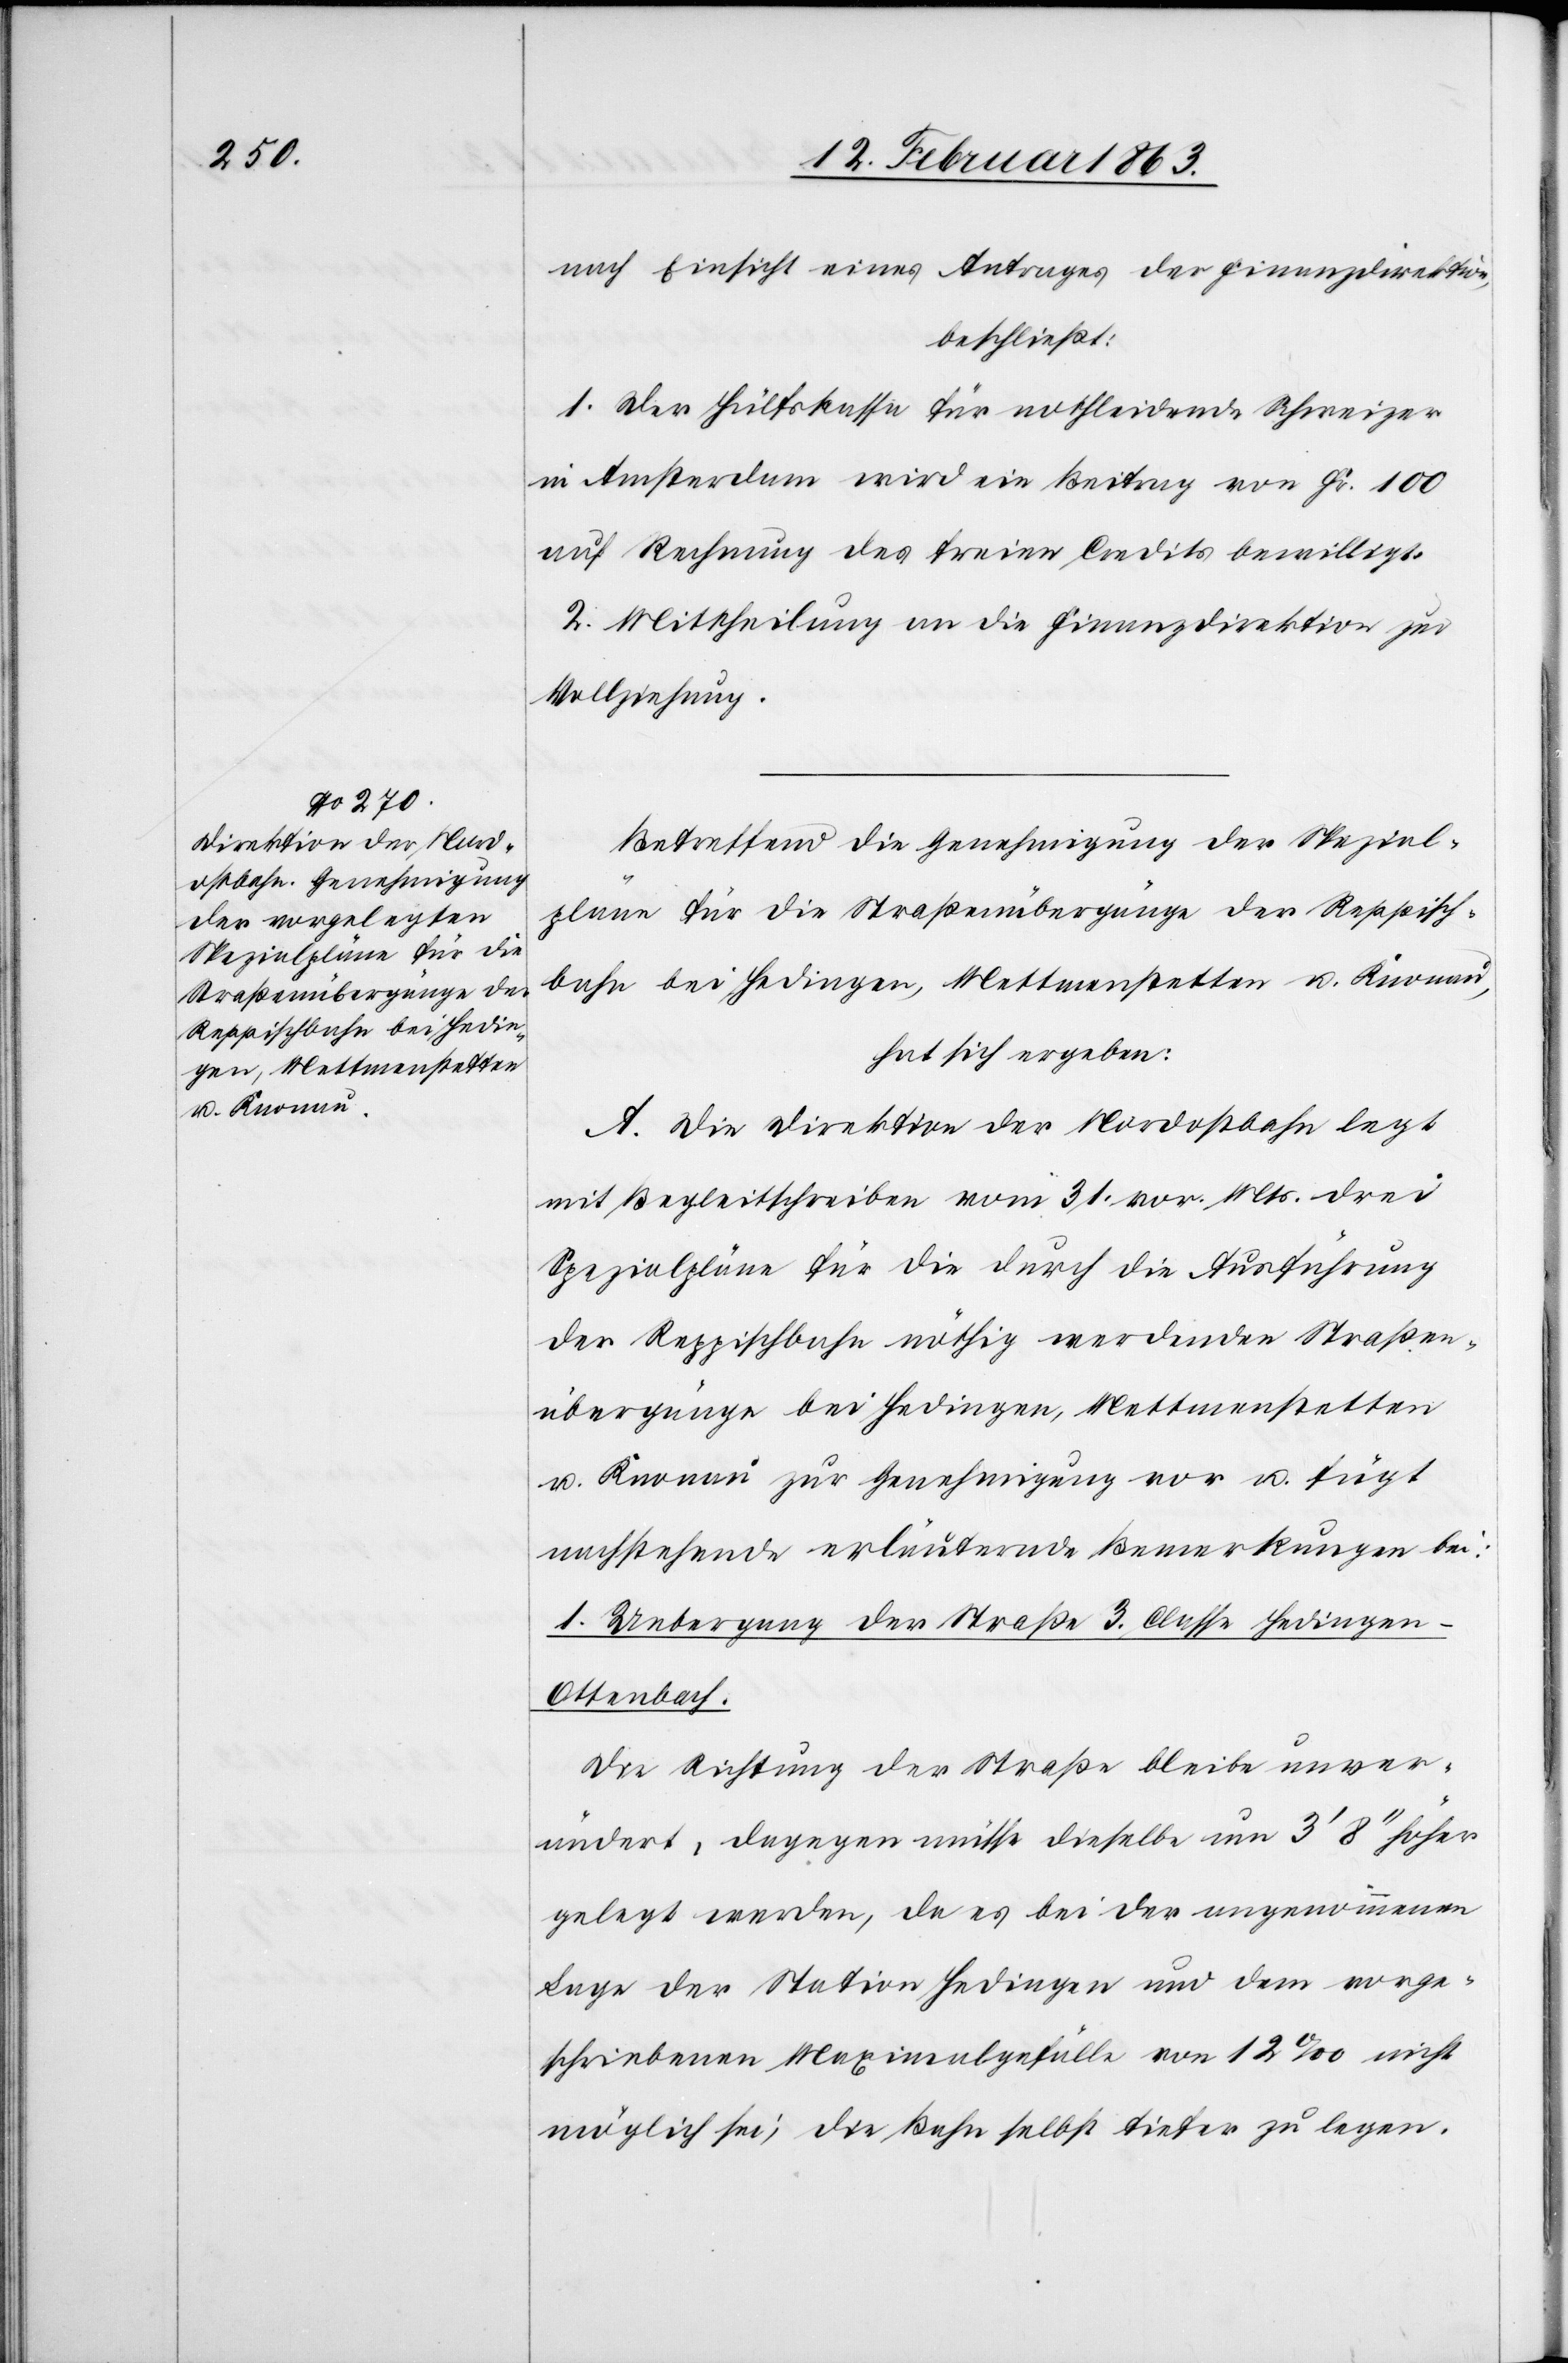
nach Einsicht eines Antrages der Finanzdirektion,
beschließt:
1. Der Hülfskasse für nothleidende Schweizer
in Amsterdam wird ein Beitrag von Fr. 100
auf Rechnung des freien Credits bewilligt.
2. Mittheilung an die Finanzdirektion zur
Vollziehung.
Betreffend die Genehmigung der Spezial¬
pläne für die Straßenübergänge der Reppisch¬
bahn bei Hedingen, Mettmenstetten u. Knonau,
hat sich ergeben:
A. Die Direktion der Nordostbahn legt
mit Begleitschreiben vom 31. vor. Mts. drei
Spezialpläne für die durch die Ausführung
der Reppischbahn nöthig werdenden Straßen¬
übergänge bei Hedingen, Mettmenstetten
u. Knonau zur Genehmigung vor u. fügt
nachstehende erläuternde Bemerkungen bei:
1. Uebergang der Straße 3. Classe Hedingen–O¬
ttenbach.
Die Richtung der Straße bleibe unver¬
ändert, dagegen müsse dieselbe um 3' 8'' höher
gelegt werden, da es bei der angenommenen
Lage der Station Hedingen und dem vorge¬
schriebenen Maximalgefälle von 12‰ nicht
möglich sei, die Bahn selbst tiefer zu legen.